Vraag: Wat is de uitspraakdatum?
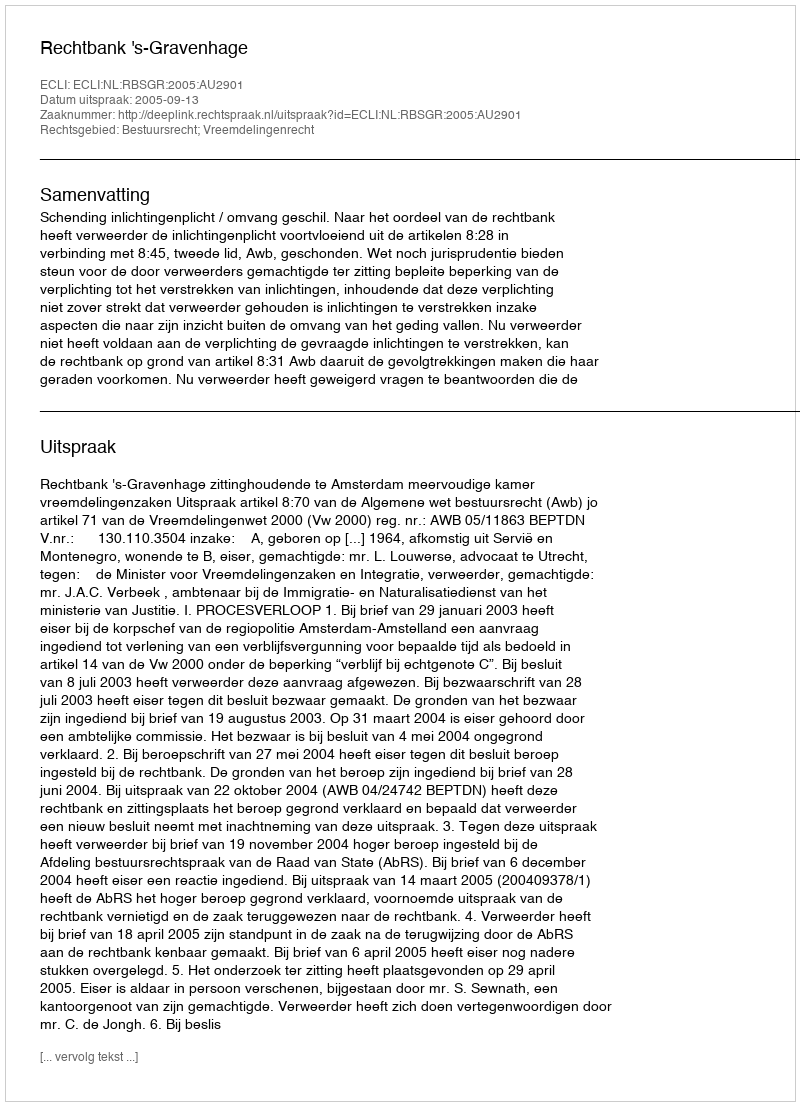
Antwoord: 2005-09-13